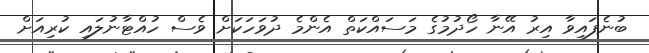
ބުނެފައިވާ އިރު އޭނާ ހޯދުމުގެ މަސައްކަތް އެންމެ ދުވަހަކަށް ވެސް ހުއްޓާނުލައި ކުރިއަށް